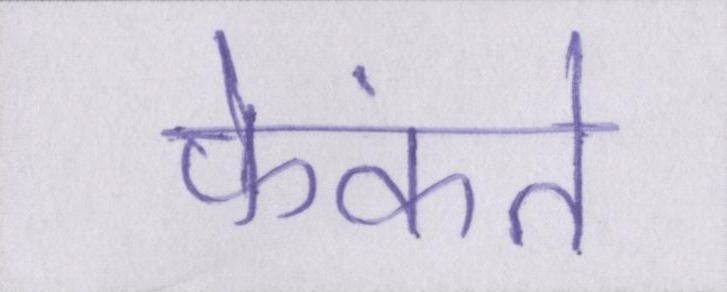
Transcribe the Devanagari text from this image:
फेंकते